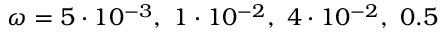
\omega = 5 \cdot 1 0 ^ { - 3 } , ~ 1 \cdot 1 0 ^ { - 2 } , ~ 4 \cdot 1 0 ^ { - 2 } , ~ 0 . 5